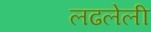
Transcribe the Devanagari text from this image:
लढलेली